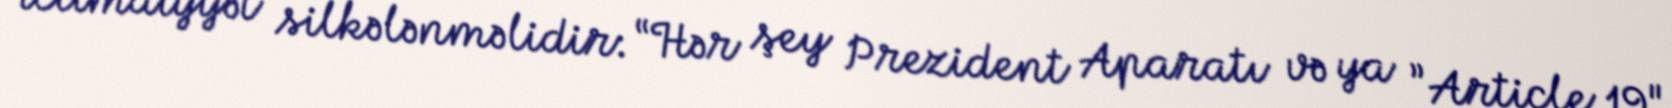
ictimaiyyət silkələnməlidir: “Hər şey Prezident Aparatı və ya ”Article 19"